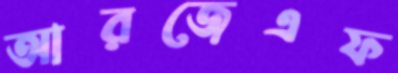
আরজেএফ